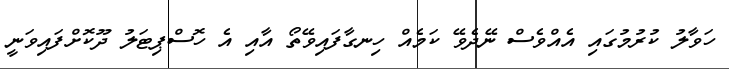
ހަވާލު ކުރުމުގައި އެއްވެސް ނޭދެވޭ ކަމެއް ހިނގާފައިވޭތޯ އާއި އެ ހޮސްޕިޓަލު ދޫކޮށްފައިވަނީ